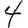
Digit: 4